Annual administration report of the Civil Veterinary Department of India - 1907-1908
Year: 1907
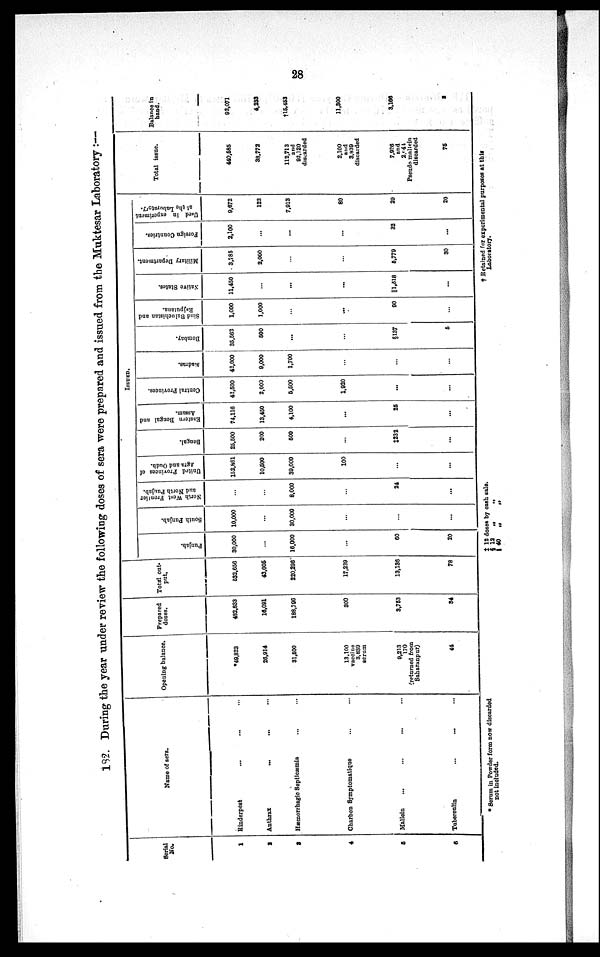
28
182. During the year under review the following doses of sera were prepared and issued from the Muktesar Laboratory :—
Serial
No.
1
2
3
4
5
6
Name of sera.
Rinderpest ... ... ...
Anthrax
... ... ...
Hæmorrhagic Septicæmia ... ...
Charbon Symptomatique ... ...
Mallein ... ... ...
Tuberculin ... ... ...
Opening balance.
*49,823
26,914
31,500
13,100
vaccine
3,839
serum
9,213
170
(returned from
Saharanpur)
44
Prepared
doses.
482,833
16,091
188,796
300
3,753
34
Total out-
put.
532,656
43,005
220,296
17,239
13,136
78
ISSUED.
Punjab.
30,000
...
16,000
...
60
20
South Punjab.
10,000
...
30,000
...
...
...
North West Frontier
and North Punjab.
...
...
8,000
...
24
...
United Provinces of
Agra and Oudh.
152,861
10,500
39,000
100
...
...
Bengal.
25,500
200
500
...
‡232
...
Eastern Bengal and
Assam.
74,116
13,450
4,100
...
25
...
Central Provinces.
42,500
2,000
5,500
1,920
...
...
Madras.
42,000
9,000
1,700
...
...
...
Bombay.
35,562
500
...
...
§137
5
Sind Baluchistan and
Rajputana.
1,000
1,000
...
...
90
...
Native States.
11,450
...
...
...
||1,318
...
Military Department.
3,785
2,000
...
...
5,779
30
Foreign Countries.
2,100
...
...
...
32
...
Used
in experiment
at
the Laboratory.
9,672
122
7,913
80
29
20
Total issue.
440,585
38,772
112,713
and
92,120
discarded
2,100
and
3,839
discarded
7,926
and
2,941
Pseudo mallein
discarded
75
Balance in
hand.
92,071
4,233
†15,453
11,300
3,166
3
* Serum in Powder form now discarded
not included.
‡ 12
§ 12
|| 40
doses by cash sale.
„
„
„
„
† Retained for experimental purposes at this
Laboratory.